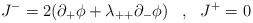
LaTeX: \begin{align*}J^- =2(\partial_+\phi+\lambda_{++}\partial_-\phi)\;\;\;\mbox{,}\;\;\;J^+=0\end{align*}